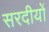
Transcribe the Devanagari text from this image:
सरदीयों